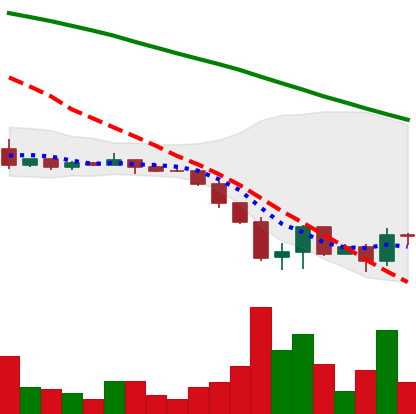
Ticker: DOGE-USD
Chart end date: 2022-06-20
Forward return: 13.836%
Label: up_7plus